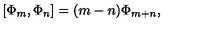
[ \Phi _ { m } , \Phi _ { n } ] = ( m - n ) \Phi _ { m + n } ,